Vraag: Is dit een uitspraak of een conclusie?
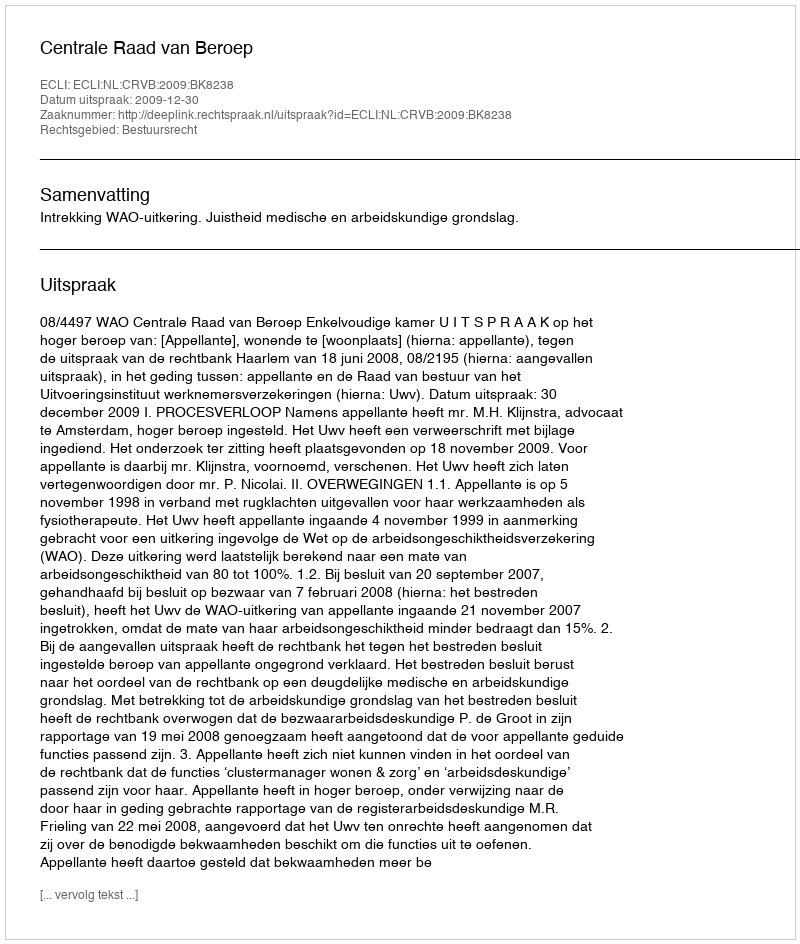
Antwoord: Uitspraak